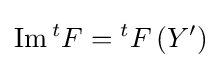
\operatorname {Im} {}^{t}F={}^{t}F\left(Y^{\prime }\right)